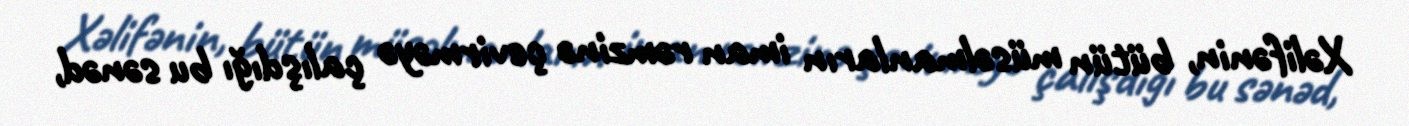
Xəlifənin, bütün müsəlmanların iman rəmzinə çevirməyə çalışdığı bu sənəd,